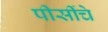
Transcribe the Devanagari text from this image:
पीसींचे